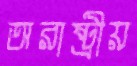
অরাষ্ট্রীয়